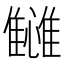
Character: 𬯴